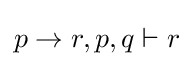
p\rightarrow r,p,q\vdash r